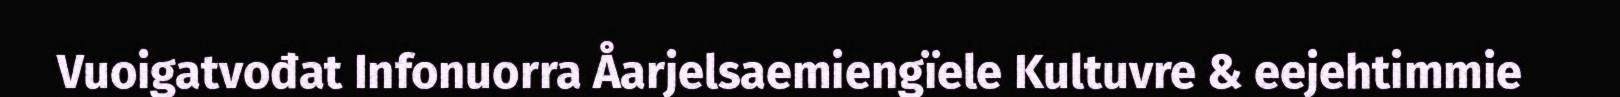
Vuoigatvođat Infonuorra Åarjelsaemiengïele Kultuvre & eejehtimmie